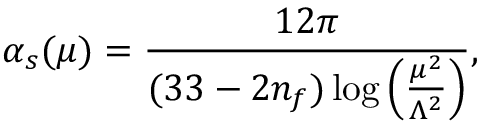
\alpha _ { s } ( \mu ) = \frac { 1 2 \pi } { ( 3 3 - 2 n _ { f } ) \log \left( \frac { \mu ^ { 2 } } { \Lambda ^ { 2 } } \right) } ,